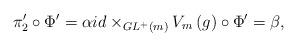
LaTeX: \begin{align*}\pi'_2\circ\Phi'=\alpha {id}\times_{GL^+\left(m\right)}V_m\left({g}\right)\circ \Phi'=\beta,\end{align*}